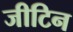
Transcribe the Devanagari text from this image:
जीटिन